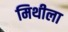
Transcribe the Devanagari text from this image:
मिथीला